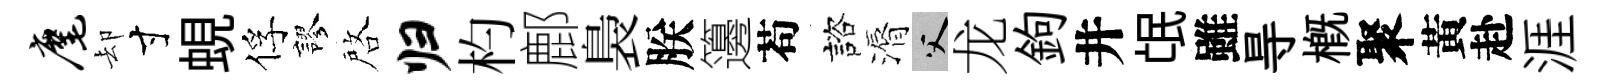
麾却寸蜆俘謬啓归杓鄜裊朕籩苟諮漘父龙鉤井氓雖㝵槪聚黃赴涯